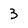
Character: 3